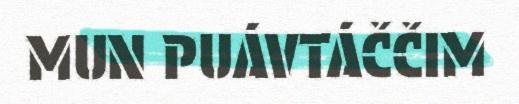
MUN PUÁVTÁČČIM